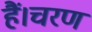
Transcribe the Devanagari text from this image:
हैं।चरण